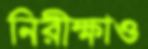
নিরীক্ষাও